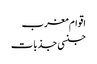
اقوام مغرب
جنسی جذبات